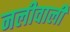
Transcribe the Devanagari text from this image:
नलीवाली